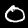
Digit: 0